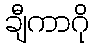
ချီကာဂို